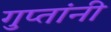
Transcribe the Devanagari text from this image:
गुप्तांनी